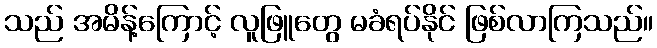
သည် အမိန့်ကြောင့် လူဖြူတွေ မခံရပ်နိုင် ဖြစ်လာကြသည်။